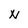
Character: N